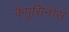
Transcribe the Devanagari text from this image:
कैपुसिनोस